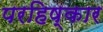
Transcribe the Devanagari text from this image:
परहिष्कार